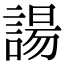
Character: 諹